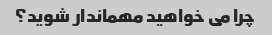
چرا می خواهید مهماندار شوید؟